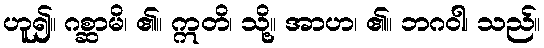
ဟူ၍။ ဂစ္ဆာမိ၊ ၏။ ဣတိ၊ သို့။ အာဟ၊ ၏။ ဘဂဝါ၊ သည်။